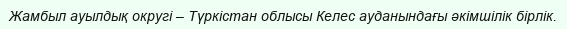
Жамбыл ауылдық округі – Түркістан облысы Келес ауданындағы әкімшілік бірлік.